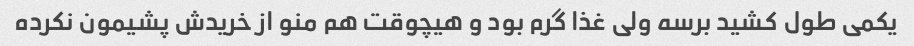
یکمی طول کشید برسه ولی غذا گرم بود و هیچوقت هم منو از خریدش پشیمون نکرده